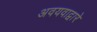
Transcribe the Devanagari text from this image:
अवयवाद्वारे